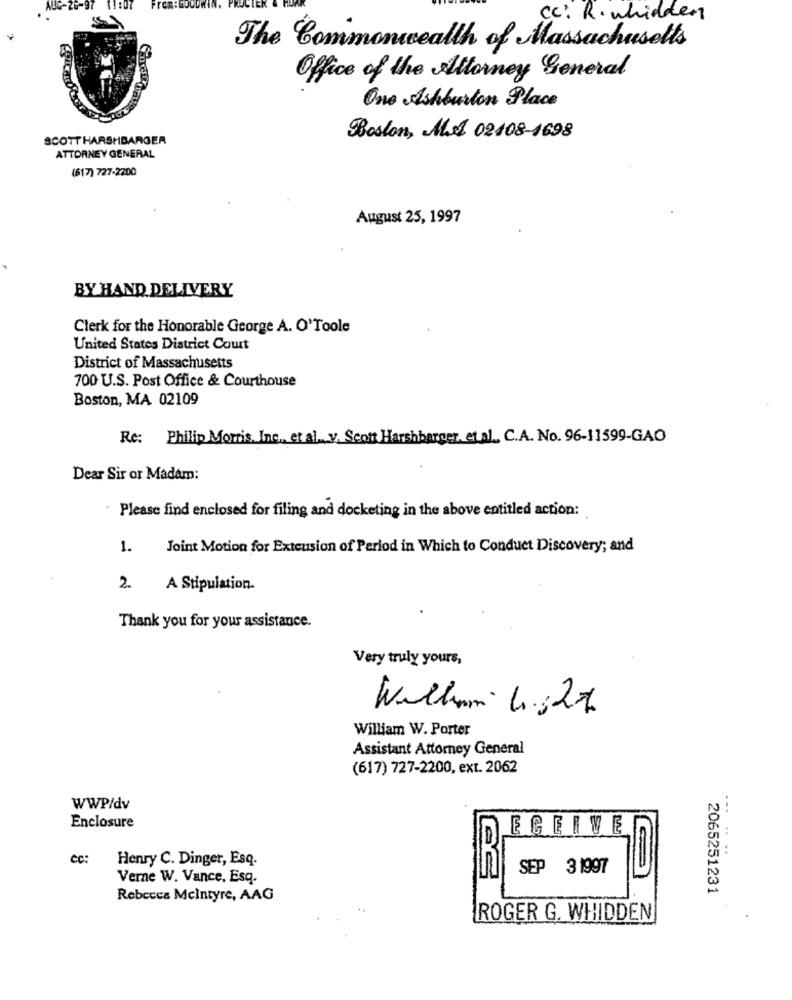
AUG-26-97
From:
Cc: R. whidden
The Commonwealth of Massachusetts
Office of the Attorney General
One Ashburton Place
SCOTT HARSHBARGER
Boston, MA 02408-1698
ATTORNEY GENERAL
(617) 727-2200
August 25, 1997
BY HAND DELIVERY
Clerk for the Honorable George A. O'Toole
United States District Court
District of Massachusetts
700 U.S. Post Office & Courthouse
Boston, MA 02109
Re: Philip Morris, Inc ., et
V. Scott Harshbarger, et al ., C.A. No. 96-11599-GAO
Dear Sir or Madam:
Please find enclosed for filing and docketing in the above entitled action:
1.
Joint Motion for Extension of Period in Which to Conduct Discovery; and
2. A Stipulation.
Thank you for your assistance.
Very truly yours,
William L .: 27
William W. Porter
Assistant Attorney General
(617) 727-2200, ext. 2062
WWP/dv
Enclosure
ECEIVE
cc:
Henry C. Dinger, Esq.
SEP 3 1997
Verne W. Vance, Esq.
2065251231
Rebecca Mcintyre, AAG
ROGER G. WHIDDEN